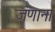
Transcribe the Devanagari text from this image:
जणाना